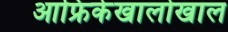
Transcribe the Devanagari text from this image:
आफ्रिकेखालोखाल